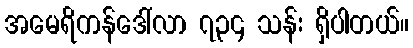
အမေရိကန်ဒေါ်လာ ၇၃၄ သန်း ရှိပါတယ်။